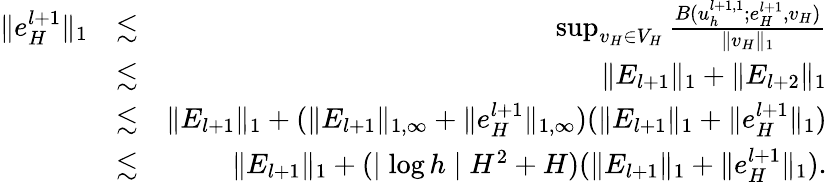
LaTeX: \begin{array}{rlr}{\| e_{H}^{l+1}\| _{1}}&{\lesssim}&{\operatorname*{sup}_{v_{H}\in V_{H}}\frac{B(u_{h}^{l+1,1};e_{H}^{l+1},v_{H})}{\| v_{H}\| _{1}}}\\ &{\lesssim}&{\| E_{l+1}\| _{1}+\| E_{l+2}\| _{1}}\\ &{\lesssim}&{\| E_{l+1}\| _{1}+(\| E_{l+1}\| _{1,\infty}+\| e_{H}^{l+1}\| _{1,\infty})(\| E_{l+1}\| _{1}+\| e_{H}^{l+1}\| _{1})}\\ &{\lesssim}&{\| E_{l+1}\| _{1}+(\mid\log h\mid H^{2}+H)(\| E_{l+1}\| _{1}+\| e_{H}^{l+1}\| _{1}).}\end{array}